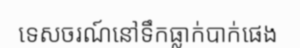
ទេសចរណ៍នៅទឹកធ្លាក់បាក់ផេង